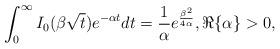
LaTeX: \begin{align*} \int_{0}^{\infty} I_{0}(\beta \sqrt{t}) e^{-\alpha t} dt = \frac{1}{ \alpha} e^{\frac{\beta^{2}}{4\alpha}}, \Re\{\alpha\}>0, \end{align*}